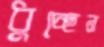
ধুচ্ছেন